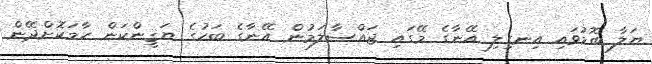
ޔަލާ ބޮޑުވައި އިނގިލި އޭނާގެ މޭގައި ޖައްސާލަމުން އޭނާގެ ބަހުގެ ޔަޤީންކަން ހާމަކޮށްދޭން